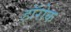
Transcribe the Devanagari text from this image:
हॉरोक